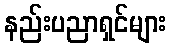
နည်းပညာရှင်များ